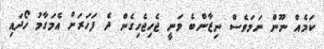
ކަމެއް ނޫން ނަމަވެސް ނިޒާންބެ ވަނީ ޖެހިޖެހިގެން ދެ ފަހަރަށް އެމަގާމު ހޯދައި